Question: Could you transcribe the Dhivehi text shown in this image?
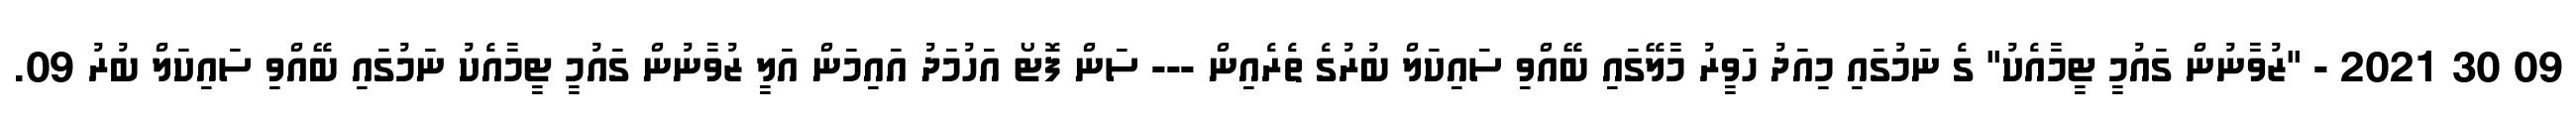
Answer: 09 30 2021 - "ޒުވާނުން ގައުމީ ޓީމާއެކު" ގެ ނަމުގައި މިއަދު ހަވީރު މާލޭގައި ބޭއްވި ސައިކަލް ބުރުގެ ތެރެއިން --- ސަން ފޮޓޯ އަހުމަދު އައިމަން އަލީ ޒުވާނުން ގައުމީ ޓީމާއެކު ނަމުގައި ބޭއްވި ސައިކަލް ބުރު 09.